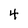
Character: 4